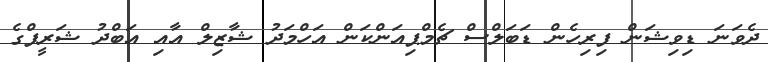
ދެވަނަ ޑިވިޝަން ފިރިހެން ޑަބަލްސް ޗެމްޕިއަންކަން އަހްމަދު ޝާޒިލް އާއި އަބްދު ޝަރީފްގެ